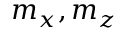
m _ { x } , m _ { z }